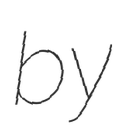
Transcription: by